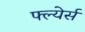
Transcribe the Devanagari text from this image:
फ्ल्येर्स